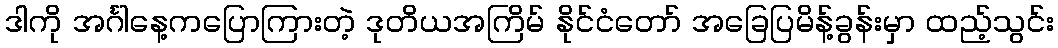
ဒါကို အင်္ဂါနေ့ကပြောကြားတဲ့ ဒုတိယအကြိမ် နိုင်ငံတော် အခြေပြမိန့်ခွန်းမှာ ထည့်သွင်း